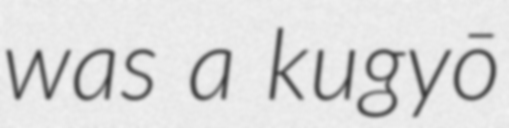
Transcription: was a kugyō